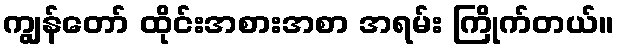
ကျွန်တော် ထိုင်းအစားအစာ အရမ်း ကြိုက်တယ်။